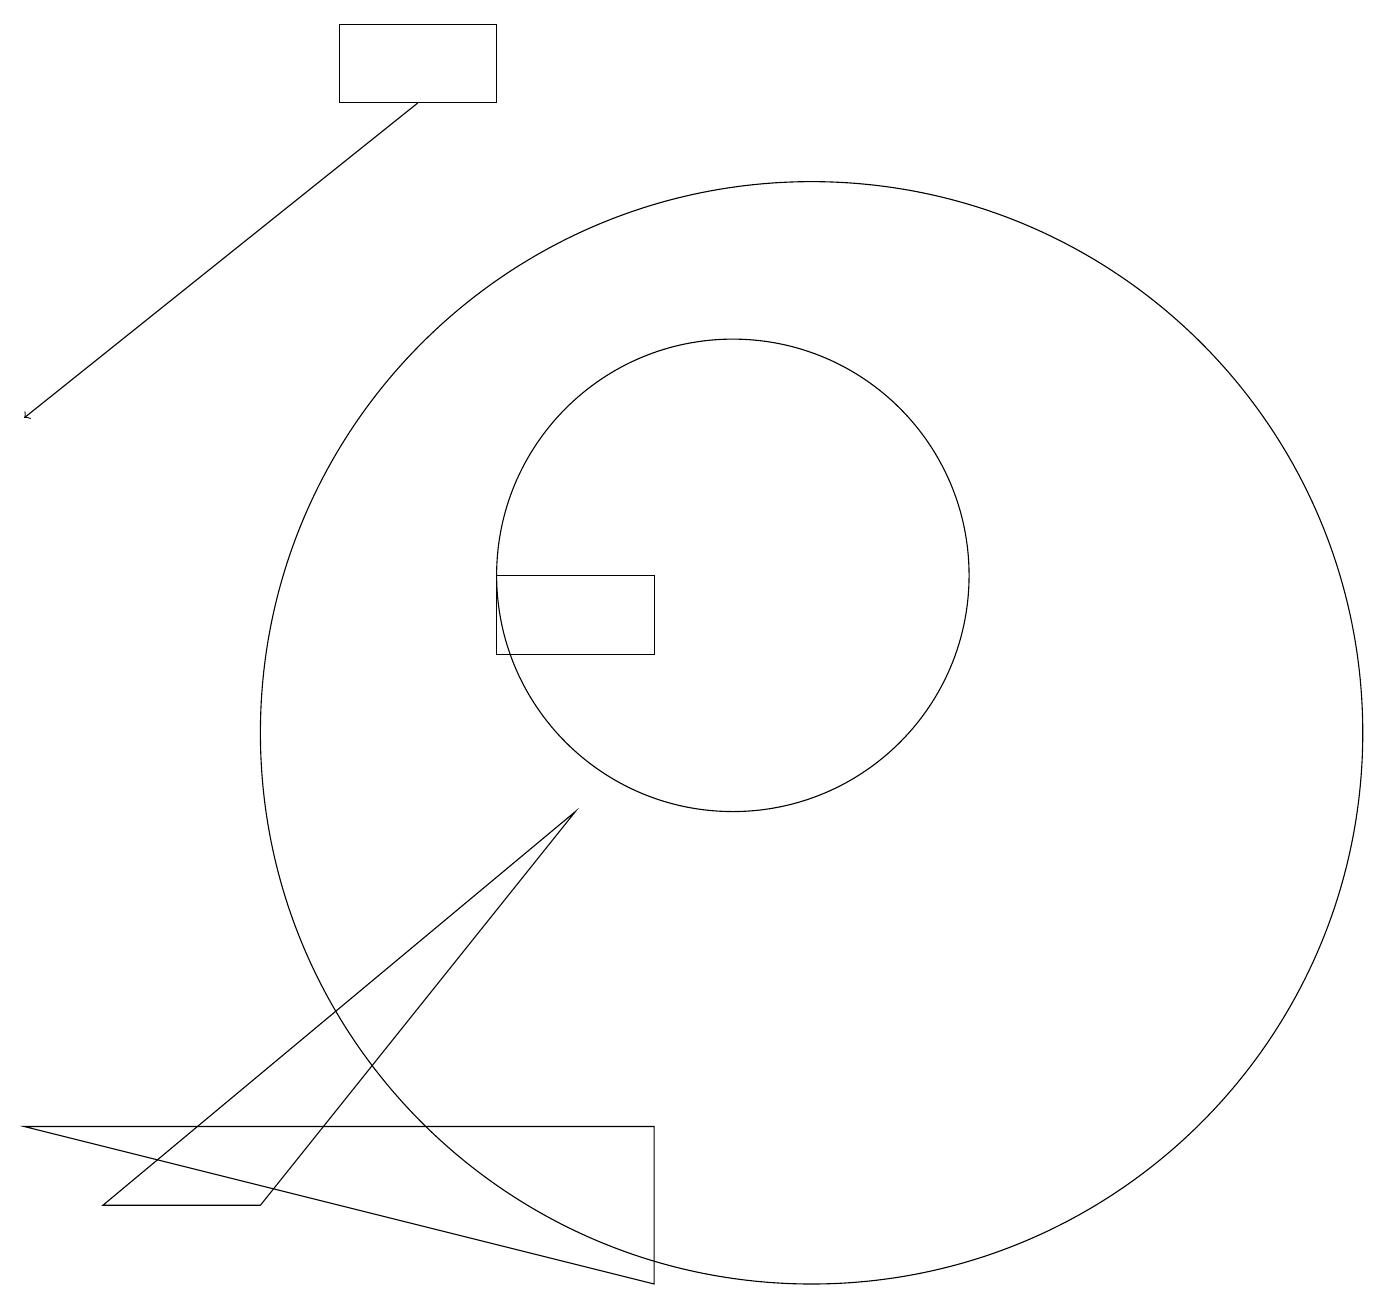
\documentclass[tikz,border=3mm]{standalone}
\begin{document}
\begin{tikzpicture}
\draw (2,4) -- (8,9) -- (4,4) -- cycle;
\draw (10,12) circle (3);
\draw (11,10) circle (7);
\draw[->] (6,18) -- (1,14);
\draw (1,5) -- (9,3) -- (9,5) -- cycle;
\draw (7,19) rectangle (5,18);
\draw (7,11) rectangle (9,12);
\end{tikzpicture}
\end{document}